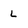
Character: L